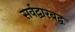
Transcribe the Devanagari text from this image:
सर्वद्वारबद्व